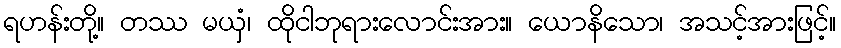
ရဟန်းတို့။ တဿ မယှံ၊ ထိုငါဘုရားလောင်းအား။ ယောနိသော၊ အသင့်အားဖြင့်။